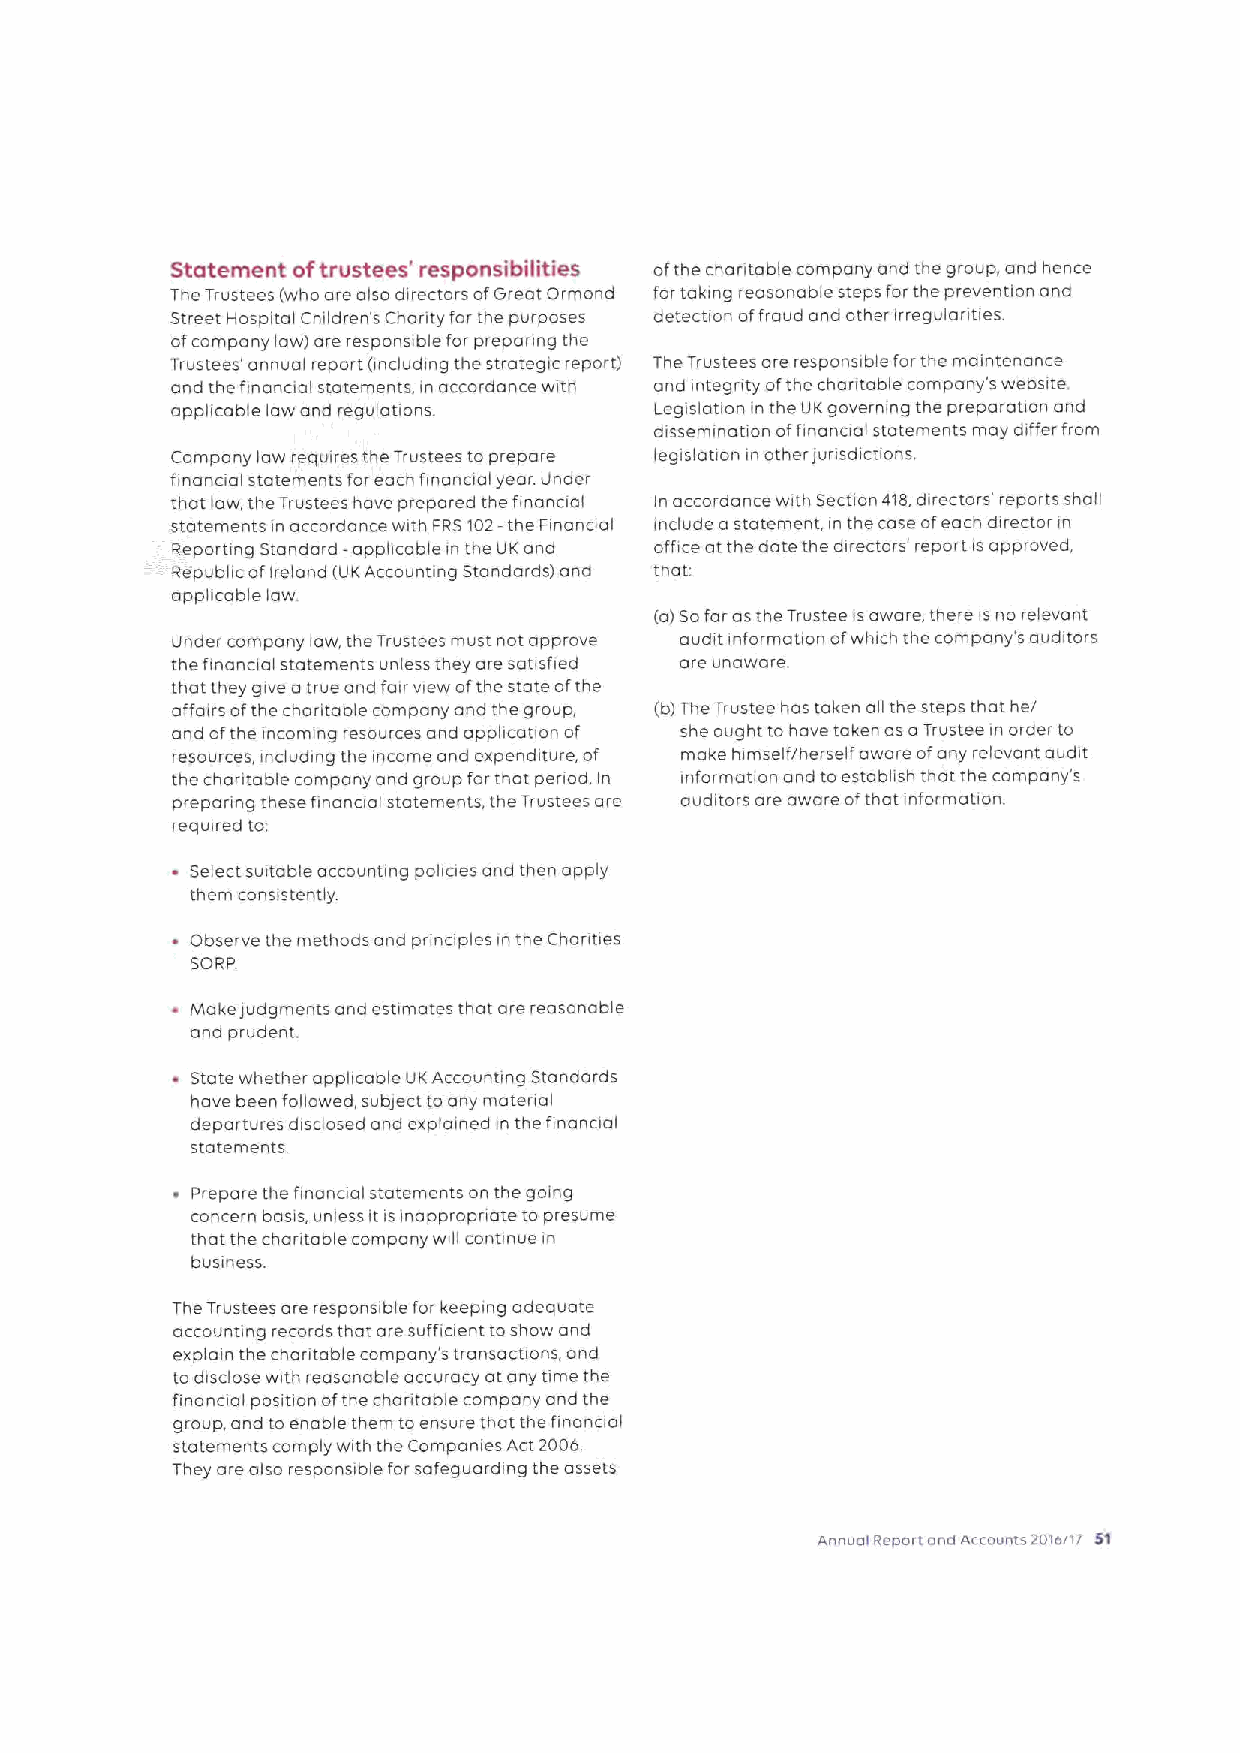
Statement oftrustees' responsibilities ofthe chantable company and the group, and hence
 The Trustees (who are also directors ofGreat Ormond 1'ortaking reasonable steps for the prevention and
 Street Hospital Children's Charity for the purposes detection offraud and other irregulanties.
 ofcompany law) are responsible for prepanng the
 Trustees' annual report (including the strategic report) The Trustees are responsible forthe maintenance
 and the financial statements, in accordance with and integnty ofthe charitable company's website,
 applicable law and regulatiOn.  Legislation in the UKgoverning the preparation and
 dissemination offinancial statements may differ from
 Company law requires the Trustees to prepare legislation in other junsdlctions.
 financial statements for each financial year. Under
 thot law, the Trustees have prepared the fmancial In accordance with Section 418,directors' reparts shall
 statements in accordance with FRS102-the Financial include astatement, in the case ofeach director m
 Reporting Standard -applicable in the UKand office at the date the directors' report is approved,
 Republic ofIreland (UKAccounting Standards) and that
 applicable law.
 (a)Sofar asthe Trustee is aware, there is no relevant
 Under company law, the Trustees must not approve audit information ofwhich the company's auditors
 the financial statements unless they are satisfied are unaware.
 that they give a true and fair wew ofthe state ofthe
 affairs ofthe choritable company and the group, (b)The Trustee has taken all the steps that he/
 and ofthe incoming resources and application of she ought to have taken as aTrustee in order to
 resources, including the income and expenditure, of make himself/herself aware ofany relevant audit
 the charitable company and group forthat penod. In information and toestablish that the company's
 preparing these finanaal statements, the Trustees are auditors are aware ofthat information.
 required to.
 Selectsuitable accounting policies and then apply
 them consistentiy
 Observe the methods and prinaples in the Chanties
 SORP.
 Make judgments and estimates that are reasonable
 and prudent.
 State whether applicable UKAccounting Standards
 have been followed, subject to any material
 departures disclosed and explained in the financial
 statements
 Prepare the finanaal statements on the going
 concern basis, unless it is inappropriate to presume
 that the chanta hie company will conn nue in
 business.
 The Trustees are responsible for keeping adequate
 accounting records that are suffiaent toshow and
 explain the charitable company's transoctions, and
 to disclose with reasonable accuracy at any time the
 financial position ofthe charitable company and the
 group, and to enable them toensure that the financial
 statements comply with the Companies Act 2006
 They are also responsible for safeguarding the assets
 Annual Report and Accounts 2070717 51